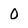
Character: 0